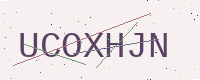
Text: UCOXHJN